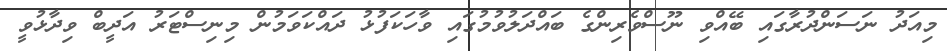
މިއަދު ނަސަންދުރާގައި ބޭއްވި ނޫސްވެރިންގެ ބައްދަލުވުމުގައި ވާހަކަފުޅު ދައްކަވަމުން މިނިސްޓަރު އަދީބް ވިދާޅުވީ